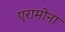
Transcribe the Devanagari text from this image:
एरामोना